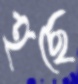
হছে